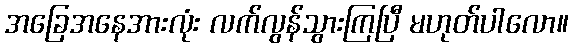
အခြေအနေအားလုံး လက်လွန်သွားကြပြီ မဟုတ်ပါလော။